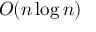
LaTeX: O ( n \log n )